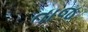
તાજ